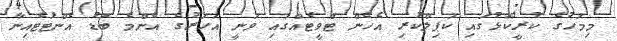
މިމަހުގެ ކުރީކޮޅުގައި ކަޕިލްކުރި އެހެން ޓްވީޓެއްގައި ވަނީ އަހަރުގެ އެންމެ ބޮޑު އެންޓަޓެއިނާ